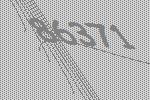
86371